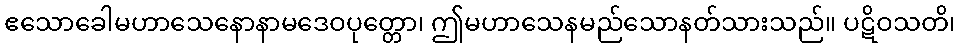
ဧသောခေါမဟာသေနောနာမဒေဝပုတ္တော၊ ဤမဟာသေနမည်သောနတ်သားသည်။ ပဋိဝသတိ၊